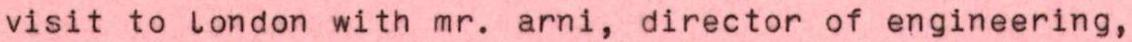
visit to london with mr. arni, director of engineering,